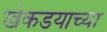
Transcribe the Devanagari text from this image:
खेकडयाच्या